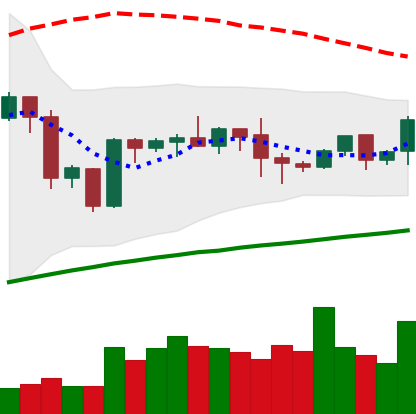
Ticker: BTC-USD
Chart end date: 2020-10-08
Forward return: 4.674%
Label: up_3_5